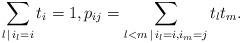
LaTeX: \begin{align*}\sum\limits_{l \, | \, i_l = i}{t_i} = 1, p_{ij} = \sum\limits_{l < m \, | \, i_l = i, i_m = j}{t_lt_m}.\end{align*}